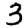
Digit: 3